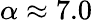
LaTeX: \alpha\approx 7.0